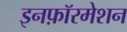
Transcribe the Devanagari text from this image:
इनफ़ॉरमेशन